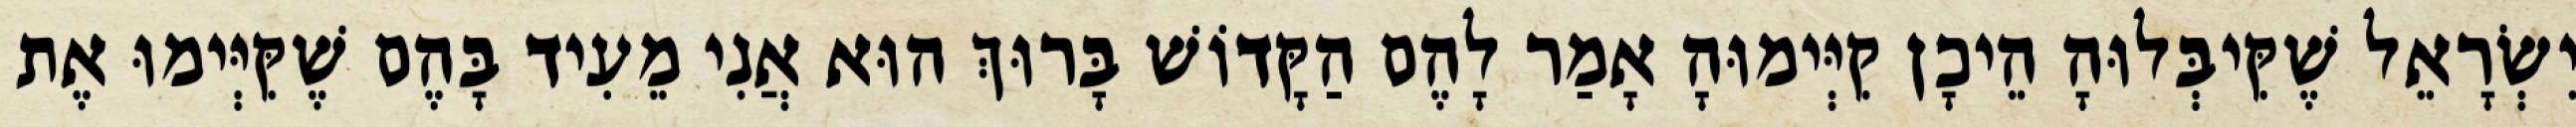
יִשְׂרָאֵל שֶׁקִּיבְּלוּהָ הֵיכָן קִיְּימוּהָ אָמַר לָהֶם הַקָּדוֹשׁ בָּרוּךְ הוּא אֲנִי מֵעִיד בָּהֶם שֶׁקִּיְּימוּ אֶת